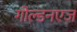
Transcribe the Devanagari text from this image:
गोल्डनएज